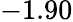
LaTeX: -1.90